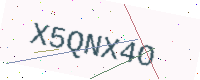
Text: X5QNX4O